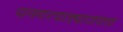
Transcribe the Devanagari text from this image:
धनगरवाड्याजवळ